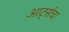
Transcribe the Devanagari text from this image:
आर्ट्सचा